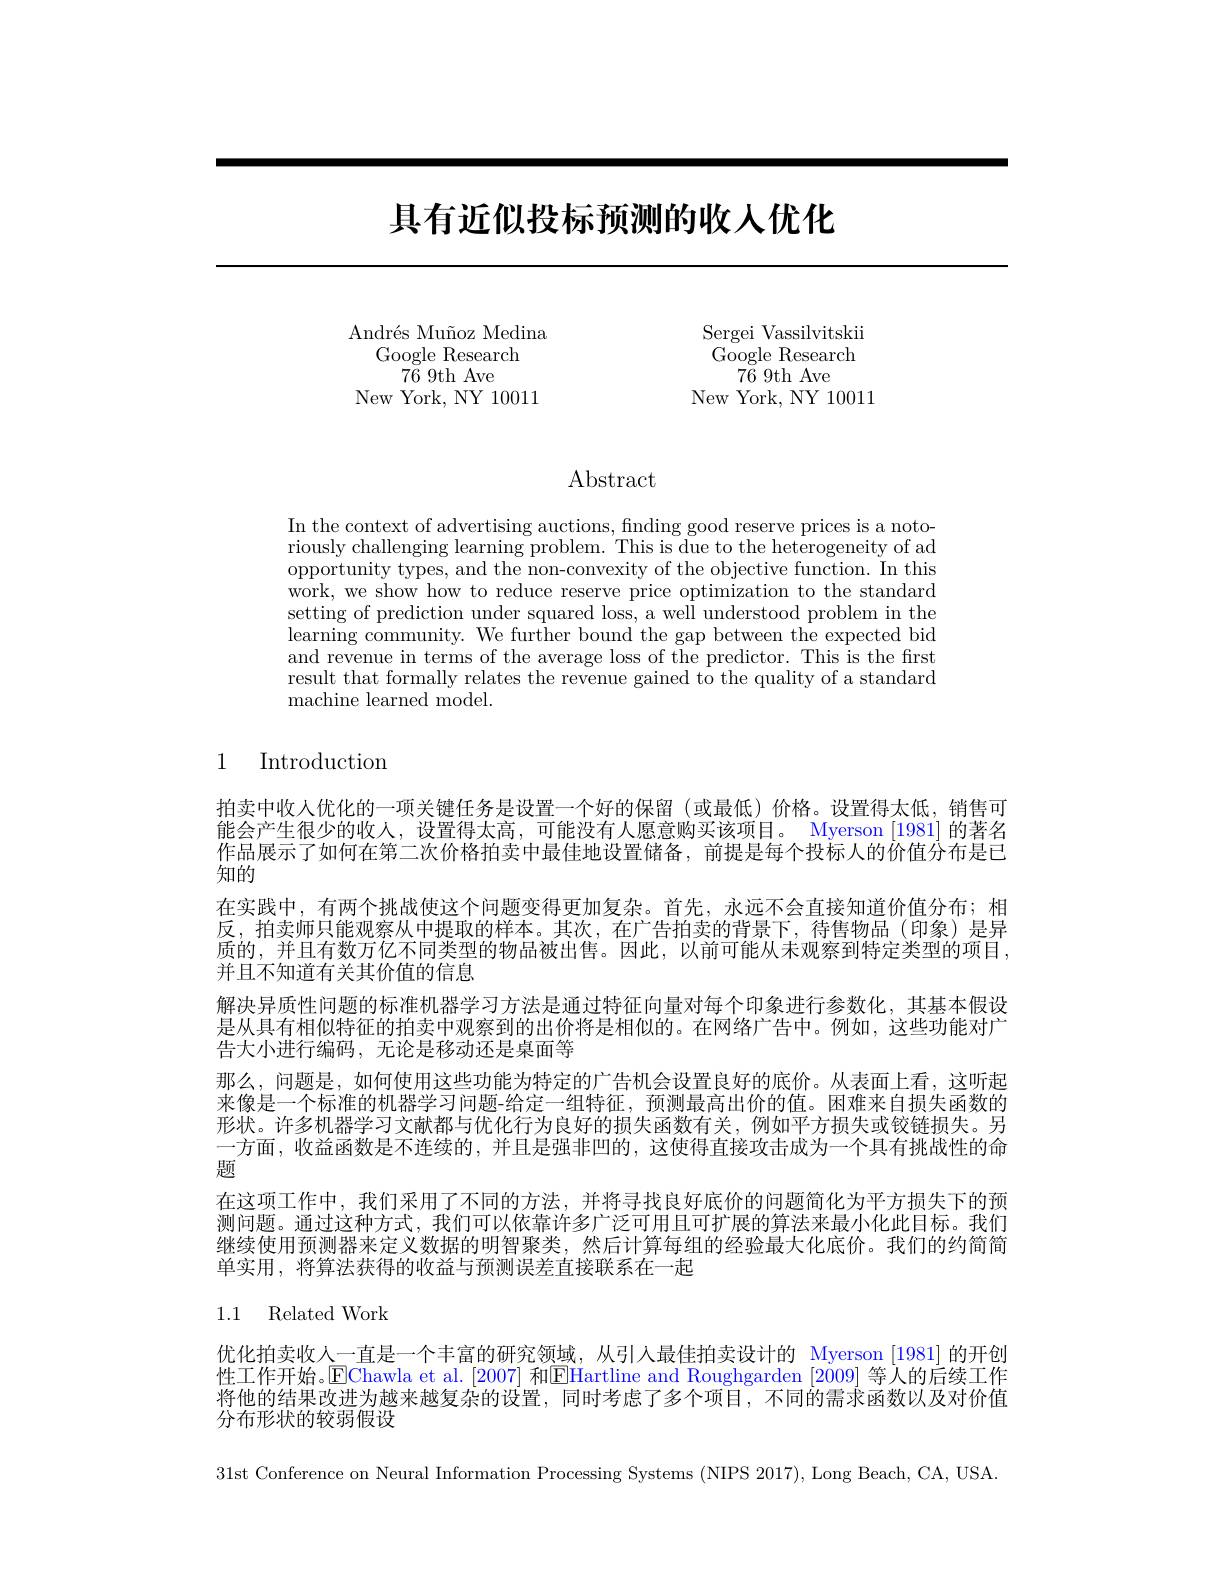
# 具有近似投标预测的收人优化

Andrés Muñoz Medina
Google Research
$7\bar{6}~9$th Ave
New York, NY 10011

Sergei Vassilvitskii Google Research
$7\bar{6}~9$th Ave
New York, NY 10011

Abstract

In the context of advertising auctions, finding good reserve prices is a notoriously challenging learning problem. This is due to the heterogeneity of ad opportunity types, and the non-convexity of the objective function. In this work, we show how to reduce reserve price optimization to the standard setting of prediction under squared loss, a well understood problem in the learning community. We further bound the gap between the expected bid and revenue in terms of the average loss of the predictor. This is the first result that formally relates the revenue gained to the quality of a standard machine learned model.

1 Introduction

作品展示了如何在第二次价格拍卖中最佳地设置储备，前提是每个投标人的价值分布是已
知的

拍卖中收入优化的一项关键任务是设置一个好的保留(或最低)价格。设置得太低，销售可能会产生很少的收入，设置得太高，可能没有人愿意购买该项目。Myerson [1981] 的著名在实践中，有两个挑战使这个问题变得更加复杂。首先，永远不会直接知道价值分布；相反，拍卖师只能观察从中提取的样本。其次，在广告拍卖的背景下，待售物品(印象)是异质的，并且有数万亿不同类型的物品被出售。因此，以前可能从未观察到特定类型的项目， 并且不知道有关其价值的信息
解决异质性问题的标准机器学习方法是通过特征向量对每个印象进行参数化，其基本假设是从具有相似特征的拍卖中观察到的出价将是相似的。在网络广告中。例如，这些功能对广告大小进行编码，无论是移动还是桌面等
那么，问题是，如何使用这些功能为特定的广告机会设置良好的底价。从表面上看，这听起来像是一个标准的机器学习问题-给定一组特征，预测最高出价的值。困难来自损失函数的形状。许多机器学习文献都与优化行为良好的损失函数有关，例如平方损失或铰链损失。另一方面，收益函数是不连续的，并且是强非凹的，这使得直接攻击成为一个具有挑战性的命题
在这项工作中，我们采用了不同的方法，并将寻找良好底价的问题简化为平方损失下的预测问题。通过这种方式，我们可以依靠许多广泛可用且可扩展的算法来最小化此目标。我们继续使用预测器来定义数据的明智聚类，然后计算每组的经验最大化底价。我们的约简简单实用，将算法获得的收益与预测误差直接联系在一起

1.1 Related Work

优化拍卖收人一直是一个丰富的研究领域，从引人最佳拍卖设计的 Myerson [1981]的开创性工作开始。$\operatorname{E\text{Chawla et al.[2007] 和}}$FHartline and Roughgarden [2009]等人的后续工作将他的结果改进为越来越复杂的设置，同时考虑了多个项目，不同的需求函数以及对价值分布形状的较弱假设

31st Conference on Neural Information Processing Systems (NIPS 2017), Long Beach, CA, USA